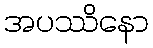
အပဿိနော